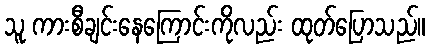
သူ ကားစီချင်းနေကြောင်းကိုလည်း ထုတ်ပြောသည်။